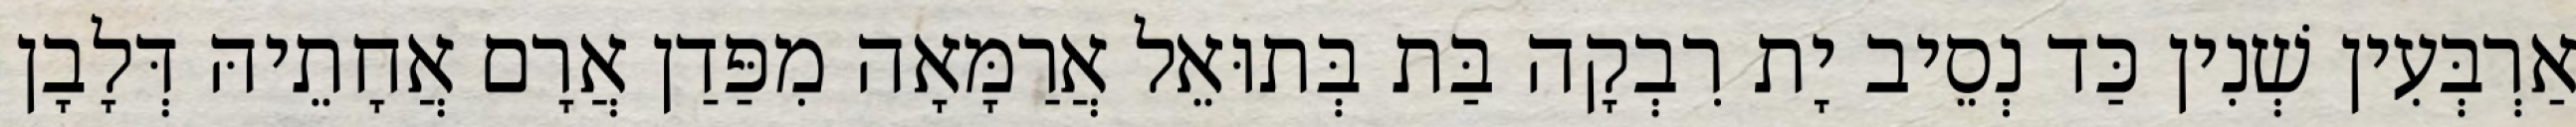
אַרְבְּעִין שְׁנִין כַּד נְסֵיב יָת רִבְקָה בַּת בְּתוּאֵל אֲרַמָּאָה מִפַּדַן אֲרָם אֲחָתֵיהּ דְּלָבָן